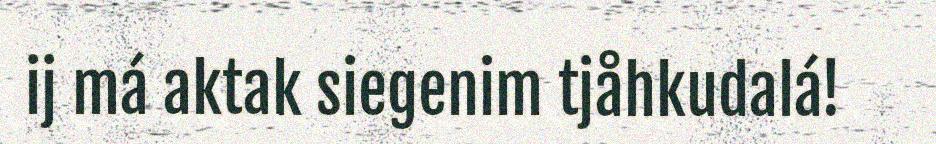
ij má aktak siegenim tjåhkudalá!